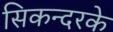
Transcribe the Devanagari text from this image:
सिकन्दरके